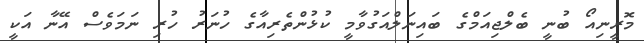
މޮރީނިއޯ ބުނީ ބެލްޖިއަމްގެ ބައިނަލްއަގުވާމީ ކުޅުންތެރިއާގެ ހުނަރު ހުރި ނަމަވެސް އޭނާ އަކީ